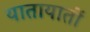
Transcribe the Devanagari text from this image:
यातायातों